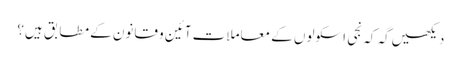
دیکھیں گہ کہ نجی اسکولوں کے معاملات آئین و قانون کے مطابق ہیں؟